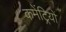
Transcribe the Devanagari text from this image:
कमेंट्रियों